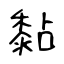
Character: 黏